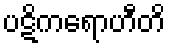
ပဋိကရောဟီတိ